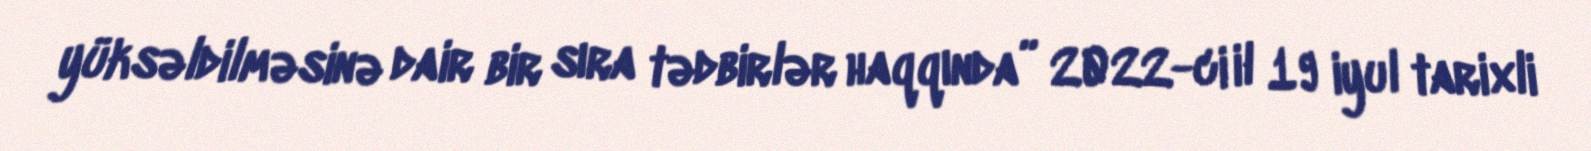
yüksəldilməsinə dair bir sıra tədbirlər haqqında” 2022-ci il 19 iyul tarixli